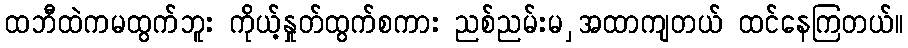
ထဘီထဲကမထွက်ဘူး ကိုယ့်နှုတ်ထွက်စကား ညစ်ညမ်းမ ှအထာကျတယ် ထင်နေကြတယ်။